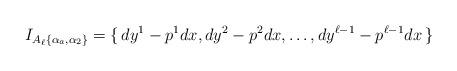
LaTeX: \begin{align*}I_{A_\ell \{\alpha_a, \alpha_2\}} = \{\, dy^1 - p^1 dx, dy^2 - p^2 dx, \ldots, dy^{\ell -1} - p^{\ell -1} dx\, \}\end{align*}